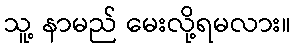
သူ့ နာမည် မေးလို့ရမလား။